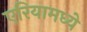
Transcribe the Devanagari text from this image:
एरियामध्ये